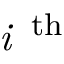
\textit { i } \, ^ { \mathrm { t h } }